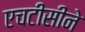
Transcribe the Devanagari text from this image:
एचटीसीने